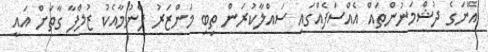
އޭނަގެ ދުޝްމަނުންތައް އެއްސަފެއްގައި ސައްލާކުރަން ތިބި މަންޒަރު ފެނުމާއެކު ޒުލްފާ ގާތަށް އައީ